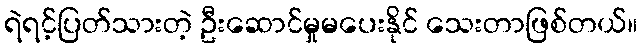
ရဲရင့်ပြတ်သားတဲ့ ဦးဆောင်မှုမပေးနိုင် သေးတာဖြစ်တယ်။